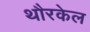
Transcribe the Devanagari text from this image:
थौरकेल